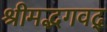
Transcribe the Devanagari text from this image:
श्रीमद्भगवद्